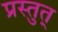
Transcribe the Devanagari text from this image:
प्रस्तुत्